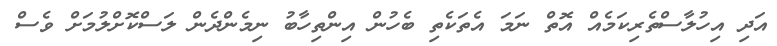
އަދި އިހުލާސްތެރިކަމެއް އޮތް ނަމަ އެތަކެތި ބެހުން އިންތިހާބު ނިމެންދެން ލަސްކޮށްލުމަށް ވެސް